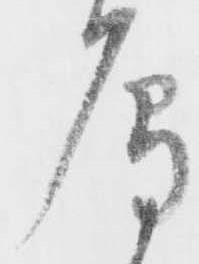
雁